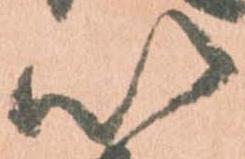
以